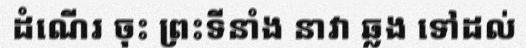
ដំណើរ ចុះ ព្រះទីនាំង នាវា ឆ្លង ទៅដល់